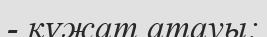
- құжат атауы;